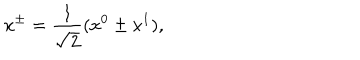
x ^ { \pm } = \frac { 1 } { \sqrt { 2 } } ( x ^ { 0 } \pm x ^ { 1 } ) ,